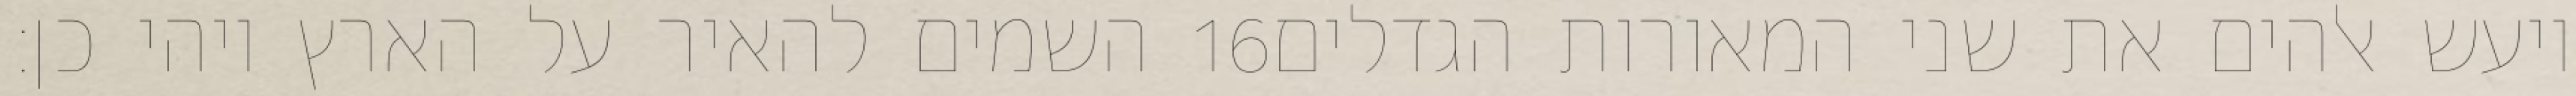
השמים להאיר על הארץ ויהי כן׃ ‎16‏ ויעש אלהים את שני המאורות הגדלים